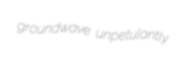
groundwave unpetulantly